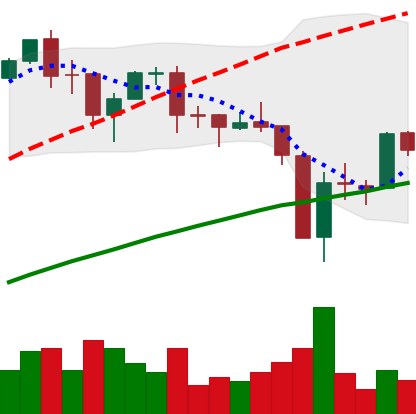
Ticker: BTC-USD
Chart end date: 2017-09-19
Forward return: -6.169%
Label: down_5_7